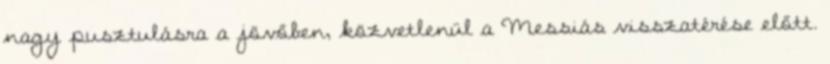
nagy pusztulásra a jövőben, közvetlenül a Messiás visszatérése előtt.